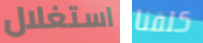
استغلال كلفنا